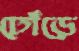
ঢোঁড়ে